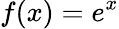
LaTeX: f(x)=e^{x}